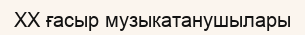
XX ғасыр музыкатанушылары